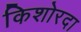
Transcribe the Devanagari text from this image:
किशोरदा